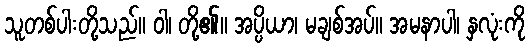
သူတစ်ပါးတို့သည်။ ဝါ၊ တို့၏။ အပ္ပိယာ၊ မချစ်အပ်။ အမနာပါ၊ နှလုံးကို